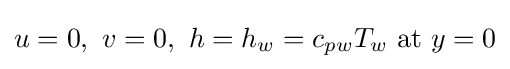
u=0,\ v=0,\ h=h_{w}=c_{pw}T_{w}\ {\text{at}}\ y=0